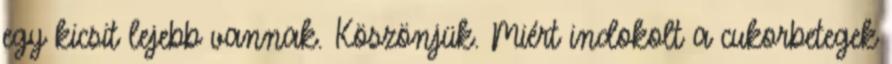
egy kicsit lejebb vannak. Köszönjük. Miért indokolt a cukorbetegek